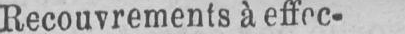
Recouvrements à effec-